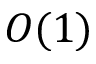
O ( 1 )